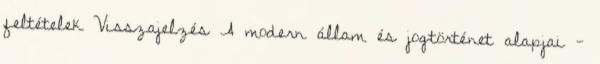
feltételek Visszajelzés A modern állam és jogtörténet alapjai -